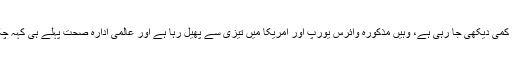
جہاں ایک طرف کورونا وائرس کے پھیلاؤ میں چین میں کمی دیکھی جا رہی ہے، وہیں مذکورہ وائرس یورپ اور امریکا میں تیزی سے پھیل رہا ہے اور عالمی ادارہ صحت پہلے ہی کہہ چکا تھا کہ کورونا وائرس کا نیا مرکز امریکا ہو سکتا ہے۔